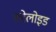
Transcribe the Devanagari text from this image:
कोलोइड